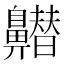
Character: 𪖽